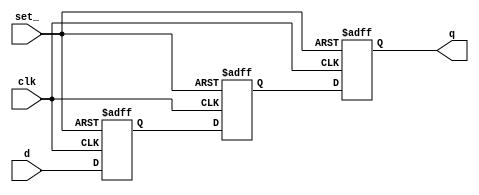
module p_SSYNC3DO_S_PPP (
  clk
 ,d
 ,set_
 ,q
 );
//---------------------------------------
//IO DECLARATIONS
input clk ;
input d ;
input set_ ;
output q ;
reg q,d1,d0;
always @(posedge clk or negedge set_)
begin
    if(~set_)
        {q,d1,d0} <= 3'b111;
    else
        {q,d1,d0} <= {d1,d0,d};
end
endmodule